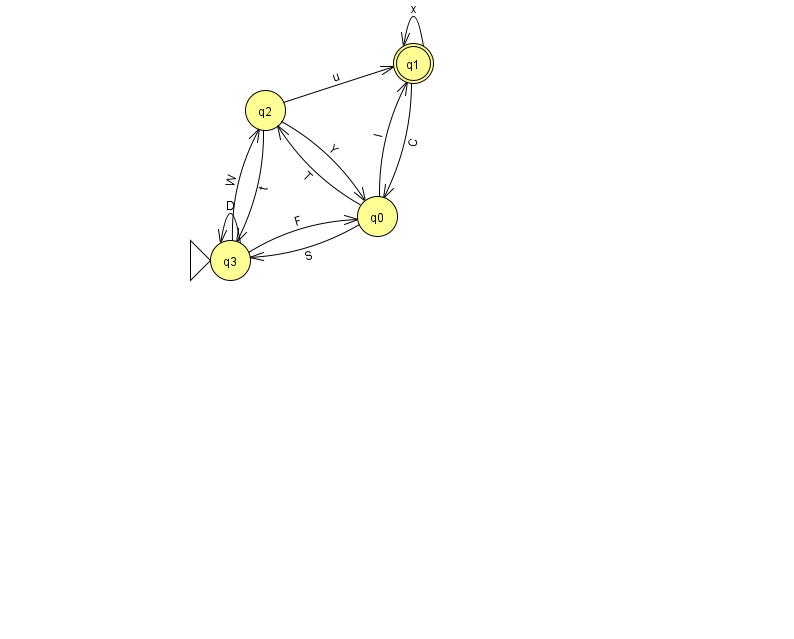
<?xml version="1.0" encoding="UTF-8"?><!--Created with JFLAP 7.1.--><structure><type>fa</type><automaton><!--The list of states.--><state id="0" name="q0"><x>377.0</x><y>203.0</y></state><state id="1" name="q1"><x>413.0</x><y>50.0</y><final/></state><state id="2" name="q2"><x>265.0</x><y>97.0</y></state><state id="3" name="q3"><x>230.0</x><y>247.0</y><initial/></state><!--The list of transitions.--><transition><from>2</from><to>1</to><read>u</read></transition><transition><from>0</from><to>3</to><read>S</read></transition><transition><from>3</from><to>3</to><read>D</read></transition><transition><from>0</from><to>1</to><read>l</read></transition><transition><from>2</from><to>0</to><read>Y</read></transition><transition><from>3</from><to>0</to><read>F</read></transition><transition><from>1</from><to>1</to><read>x</read></transition><transition><from>3</from><to>2</to><read>W</read></transition><transition><from>1</from><to>0</to><read>C</read></transition><transition><from>0</from><to>2</to><read>T</read></transition><transition><from>2</from><to>3</to><read>t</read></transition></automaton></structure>